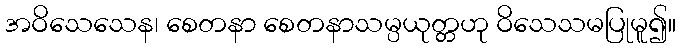
အဝိသေသေန၊ စေတနာ စေတနာသမ္ပယုတ္တဟု ဝိသေသမပြုမူ၍။